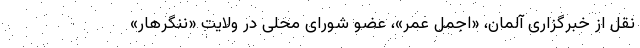
نقل از خبرگزاری آلمان، «اجمل عمر»، عضو شورای محلی در ولایت «ننگرهار»